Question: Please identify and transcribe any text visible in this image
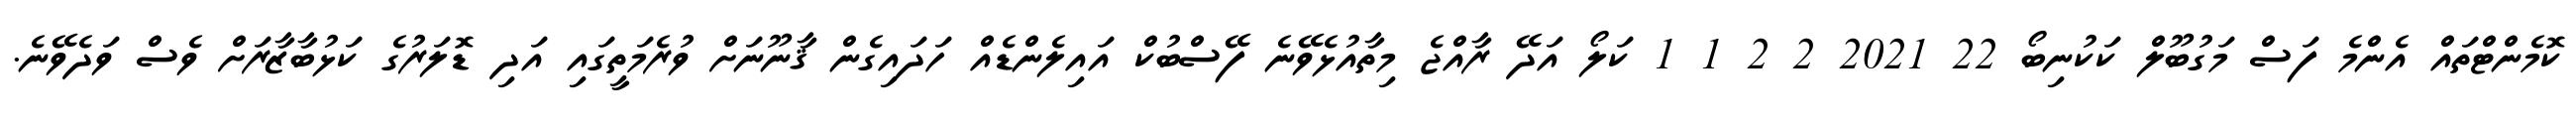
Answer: ކޮމެންޓްތައް އެންމެ ފަސް މަގުބޫލް ކަކުނިބޯ 22 2021 2 2 1 1 ކަލޯ އަދޭ ރާއްޖެ މިތާއުޅެވޭނެ ފޭސްބުކް އައިލެންޑެއް ހަދައިގެން ޤާނޫނަށް ވުރެމަތީގައި އަދި ޑޮލަރުގެ ކަޅުބާޒާރަށް ވެސް ވަދެވޭނެ.